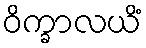
ဝိက္ခာလယိံ